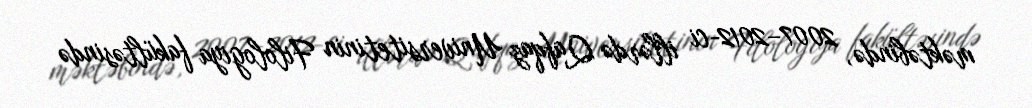
məktəbində, 2007–2012-ci illərdə Qafqaz Universitetinin Filologiya fakültəsində